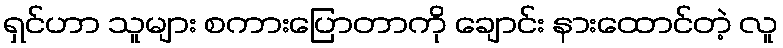
ရှင်ဟာ သူများ စကားပြောတာကို ချောင်း နားထောင်တဲ့ လူ